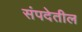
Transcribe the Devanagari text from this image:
संपदेतील